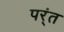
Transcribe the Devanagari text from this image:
पर्ंत